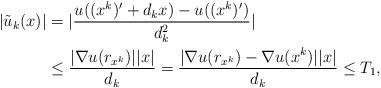
LaTeX: \begin{align*}|\tilde u_k(x)|&=|\frac{u((x^k)'+d_kx)-u((x^k)')}{d_k^2}|\\&\le \frac{|\nabla u(r_{x^k})||x|}{d_k} =\frac{|\nabla u(r_{x^k})-\nabla u(x^k)||x|}{d_k} \le T_1,\end{align*}